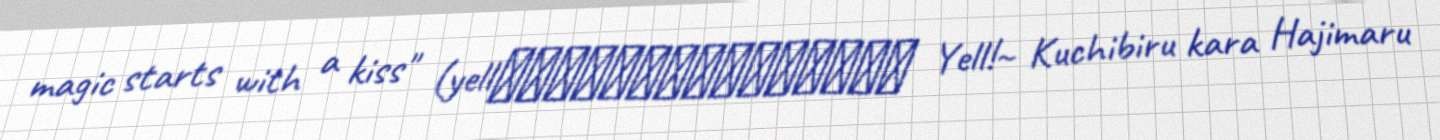
magic starts with a kiss" (yell！～くちびるからはじまる魔法～ Yell!~ Kuchibiru kara Hajimaru